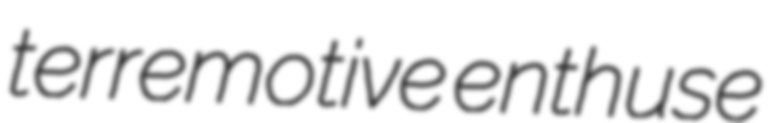
terremotive enthuse